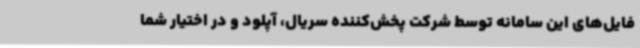
فایل‌های این سامانه توسط شرکت پخش‌کننده سریال، آپلود و در اختیار شما